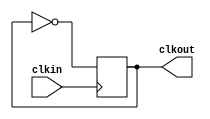
`timescale 1ns / 1ps
//////////////////////////////////////////////////////////////////////////////////
// Company: 
// Engineer: 
// 
// Design Name: 
// Module Name: KeyboardClkDivider
// Project Name: 
// Target Devices: 
// Tool Versions: 
// Description: 
// 
// Dependencies: 
// 
// Revision:
// Revision 0.01 - File Created
// Additional Comments:
// 
//////////////////////////////////////////////////////////////////////////////////


module KeyboardClkDivider(
    input clkin,
    output reg clkout
    );
    
    initial begin
        clkout = 0;
    end
    
    always @(posedge clkin) begin
        clkout = ~clkout;
    end
endmodule